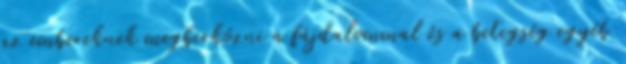
az embereknek megbirkózni a fájdalommal és a betegség egyéb